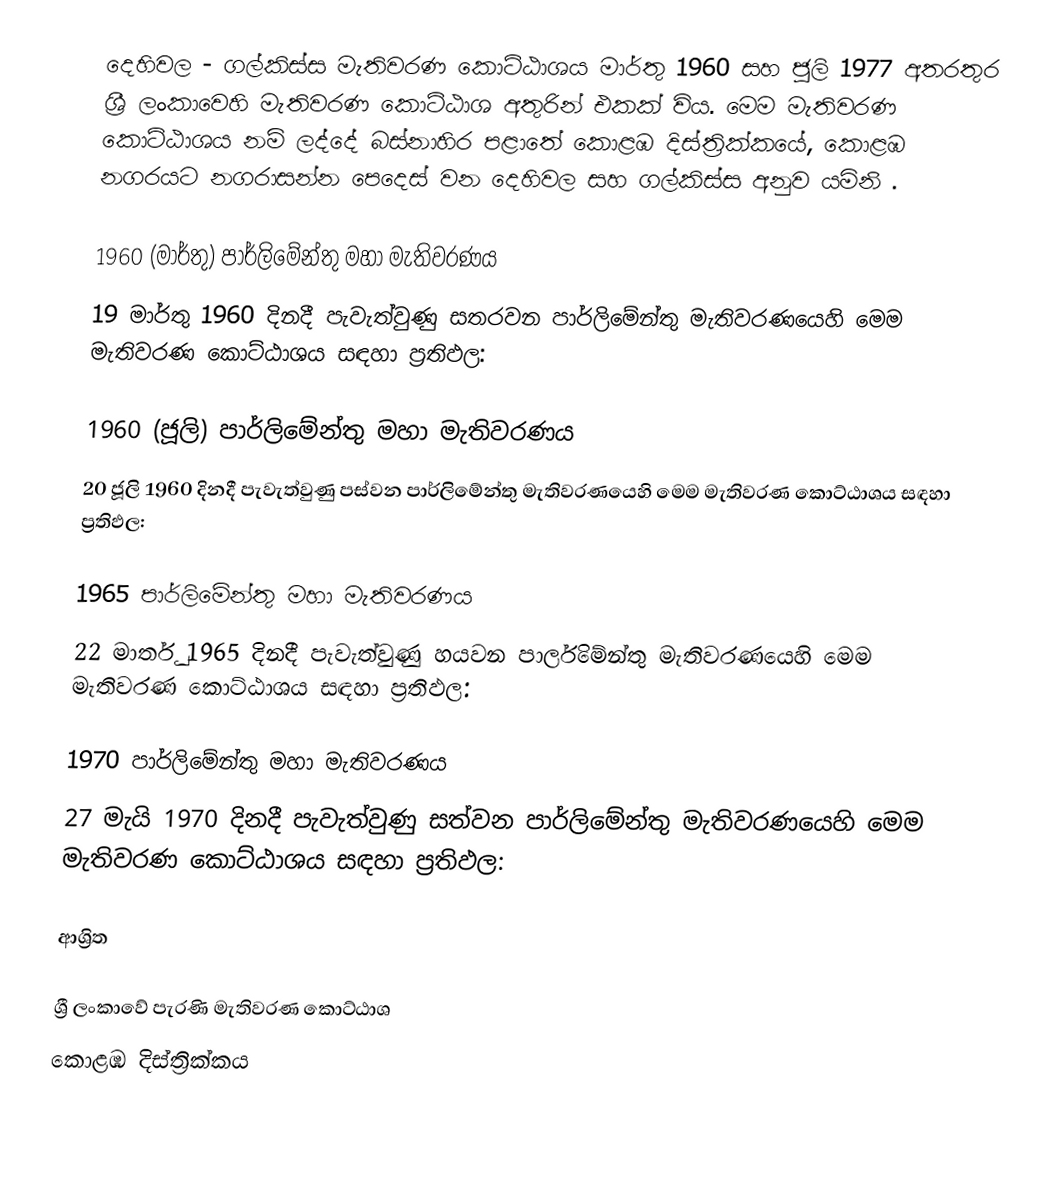
දෙහිවල - ගල්කිස්ස මැතිවරණ කොට්ඨාශය මාර්තු 1960 සහ ජූලි 1977 අතරතුර  ශ්‍රී ලංකාවෙහි  මැතිවරණ කොට්ඨාශ අතුරින් එකක් විය. මෙම මැතිවරණ කොට්ඨාශය නම් ලද්දේ  බස්නාහිර පළාතේ  කොළඹ  දිස්ත්‍රික්කයේ,  කොළඹ නගරයට නගරාසන්න පෙදෙස් වන දෙහිවල සහ ගල්කිස්ස අනුව යමිනි .

1960 (මාර්තු) පාර්ලිමේන්තු මහා මැතිවරණය
19 මාර්තු 1960 දිනදී පැවැත්වුණු   සතරවන පාර්ලිමේන්තු මැතිවරණයෙහි මෙම මැතිවරණ කොට්ඨාශය සඳහා ප්‍රතිඵල:

1960 (ජූලි) පාර්ලිමේන්තු මහා මැතිවරණය
20 ජූලි 1960 දිනදී පැවැත්වුණු   පස්වන පාර්ලිමේන්තු මැතිවරණයෙහි මෙම මැතිවරණ කොට්ඨාශය සඳහා ප්‍රතිඵල:

1965 පාර්ලිමේන්තු මහා මැතිවරණය
22 මාර්තු 1965  දිනදී පැවැත්වුණු   හයවන පාර්ලිමේන්තු මැතිවරණයෙහි මෙම මැතිවරණ කොට්ඨාශය සඳහා ප්‍රතිඵල:

1970 පාර්ලිමේන්තු මහා මැතිවරණය
27 මැයි 1970 දිනදී පැවැත්වුණු   සත්වන පාර්ලිමේන්තු මැතිවරණයෙහි මෙම මැතිවරණ කොට්ඨාශය සඳහා ප්‍රතිඵල:

ආශ්‍රිත

ශ්‍රී ලංකාවේ පැරණි මැතිවරණ කොට්ඨාශ
 කොළඹ දිස්ත්‍රික්කය